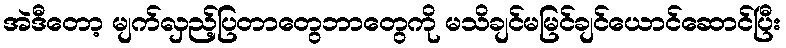
အဲဒီတော့ မျက်လှည့်ပြတာတွေဘာတွေကို မသိချင်မမြင်ချင်ယောင်ဆောင်ပြီး